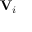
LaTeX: \mathbf { V } _ { i }